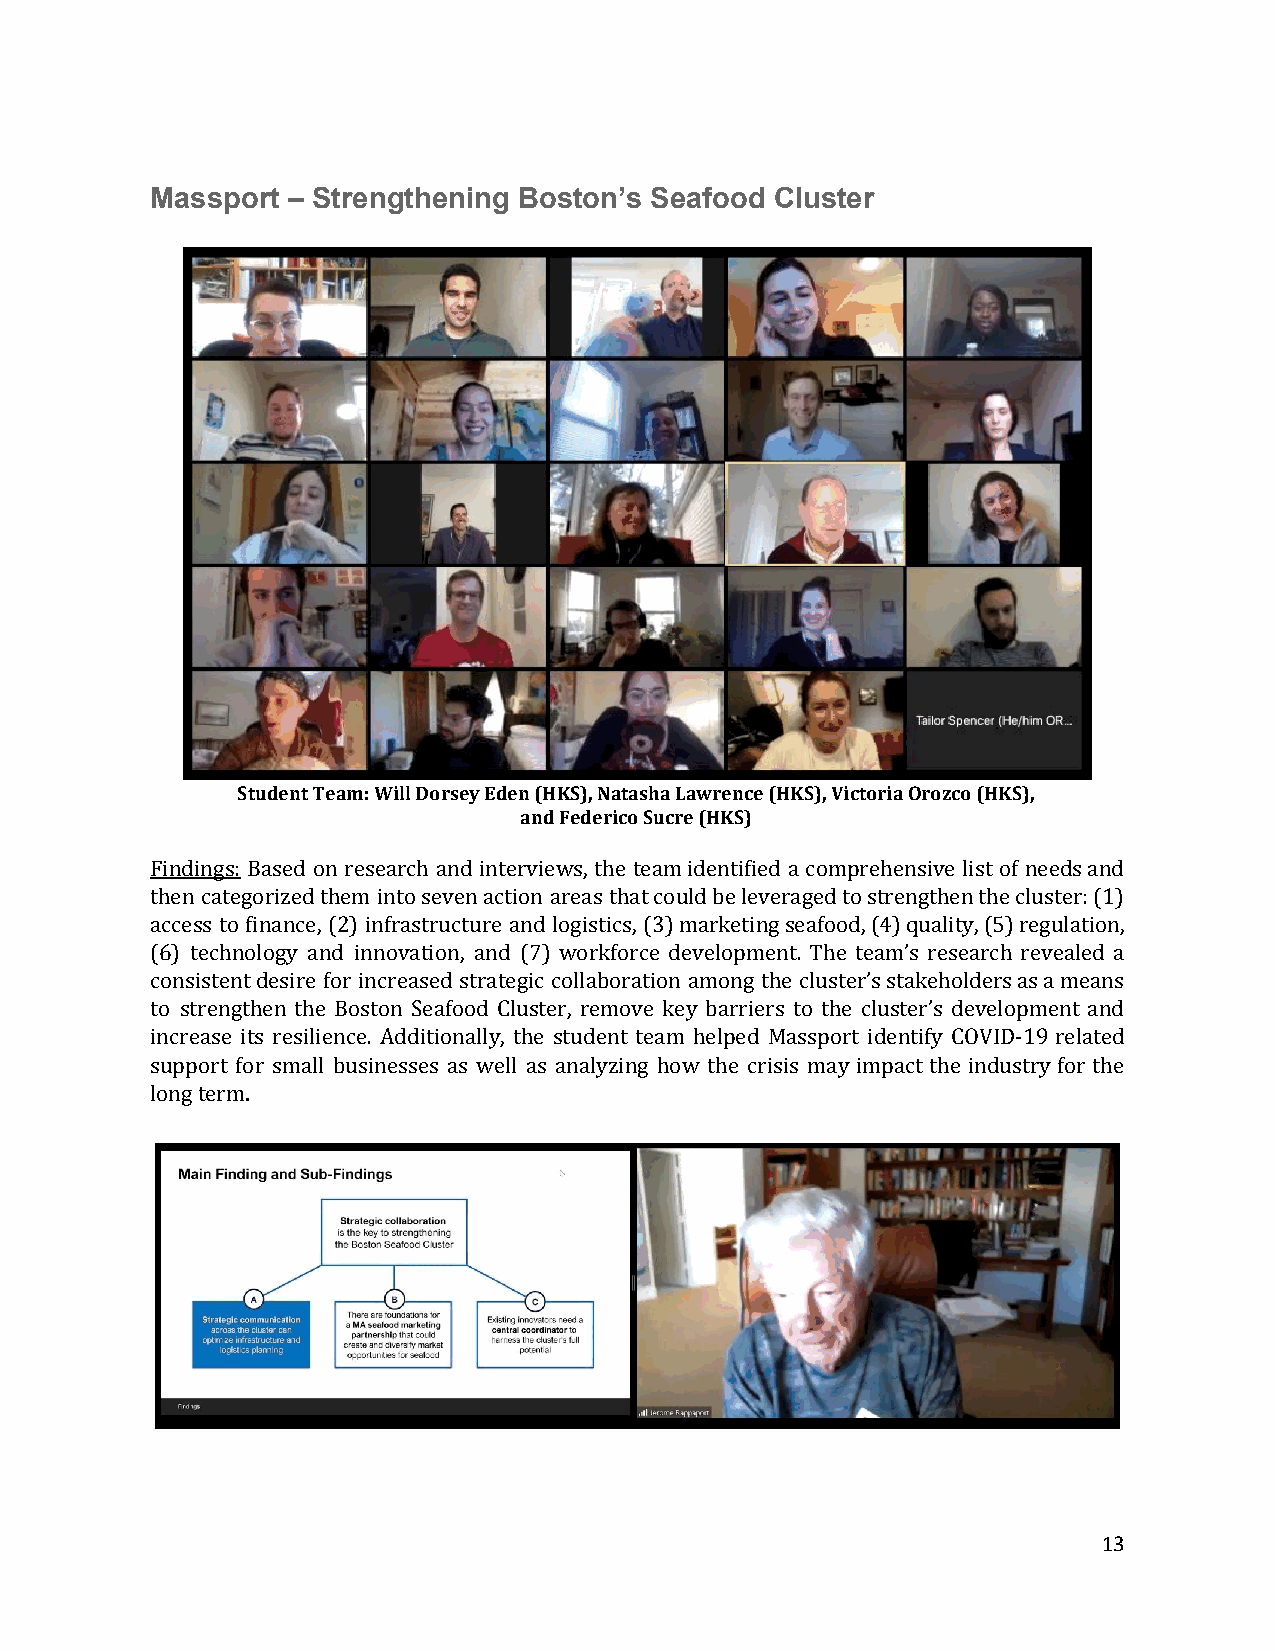
Massport – Strengthening Boston’s Seafood Cluster
 Student Team: Will Dorsey Eden (HKS), Natasha Lawrence (HKS), Victoria Orozco (HKS),
 and Federico Sucre (HKS)
 Findings: Based on research and interviews, the team identified a comprehensive list of needs and
 ​
 then categorized them into seven action areas that could be leveraged to strengthen the cluster: (1)
 access to finance, (2) infrastructure and logistics, (3) marketing seafood, (4) quality, (5) regulation,
 (6) technology and innovation, and (7) workforce development. The team’s research revealed a
 ​
 consistent desire for increased strategic collaboration among the cluster’s stakeholders as a means
 to strengthen the Boston Seafood Cluster, remove key barriers to the cluster’s development and
 ​
 increase its resilience. Additionally, the student team helped Massport identify COVID-19 related
 ​
 support for small businesses as well as analyzing how the crisis may impact the industry for the
 long term.
 ​
 13